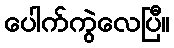
ပေါက်ကွဲလေပြီ။